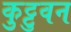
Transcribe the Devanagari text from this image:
कुट्टुवन